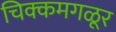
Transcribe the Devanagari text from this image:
चिक्कमगळूर